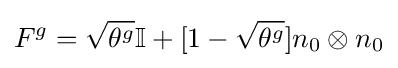
F^{g}={\sqrt {\theta ^{g}}}\mathbb {I} +[1-{\sqrt {\theta ^{g}}}]n_{0}\otimes n_{0}